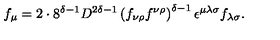
f _ { \mu } = 2 \cdot 8 ^ { \delta - 1 } D ^ { 2 \delta - 1 } \left( f _ { \nu \rho } f ^ { \nu \rho } \right) ^ { \delta - 1 } \epsilon ^ { \mu \lambda \sigma } f _ { \lambda \sigma } .